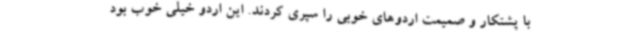
با پشتکار و صمیمت اردوهای خوبی را سپری کردند. این اردو خیلی خوب بود